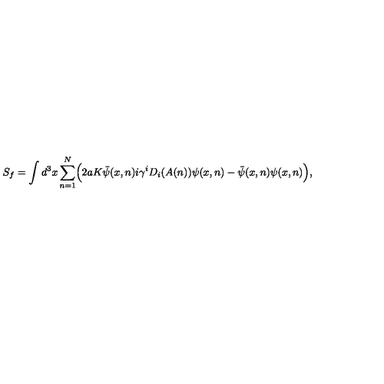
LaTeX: S _ { f } = \int d ^ { 3 } x \sum _ { n = 1 } ^ { N } \Bigl ( 2 a K \bar { \psi } ( x , n ) i \gamma ^ { i } D _ { i } ( A ( n ) ) \psi ( x , n ) - \bar { \psi } ( x , n ) \psi ( x , n ) \Bigr ) ,